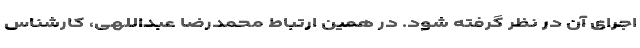
اجرای آن در نظر گرفته شود. در همین ارتباط محمدرضا عبداللهی، کارشناس